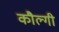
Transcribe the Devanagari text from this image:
कौल्गी